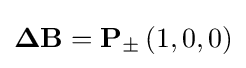
\mathbf {\Delta B} =\mathbf {P_{\pm }} \left(1,0,0\right)